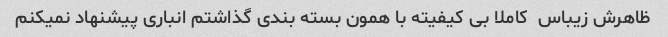
ظاهرش زیباس  کاملا بی کیفیته با همون بسته بندی گذاشتم انباری پیشنهاد نمیکنم